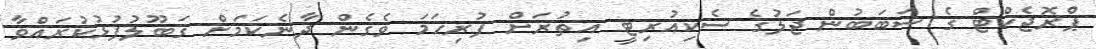
ޕްރޮޖެކްޓް ގެ ސަބަބުން ޖަލުގެ ސެކިއުރިޓީ އިތުރަށް ފުރިހަމަ ވެގެން ދާނެކަމަށް ޤަބޫލުފުޅުކުރައްވާ